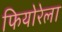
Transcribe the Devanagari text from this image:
फियोरेला